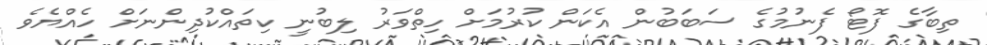
ތިބާގެ ފޮޓޯ ފެނުމުގެ ސަބަބުން އެކަން ކުރުމަށް ހިތްވަރު ލިބުނީ ކިތައްކުދިންނަށް ހެއްޔެވެ